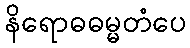
နိရောဓဓမ္မတံပေ